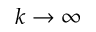
k \rightarrow \infty